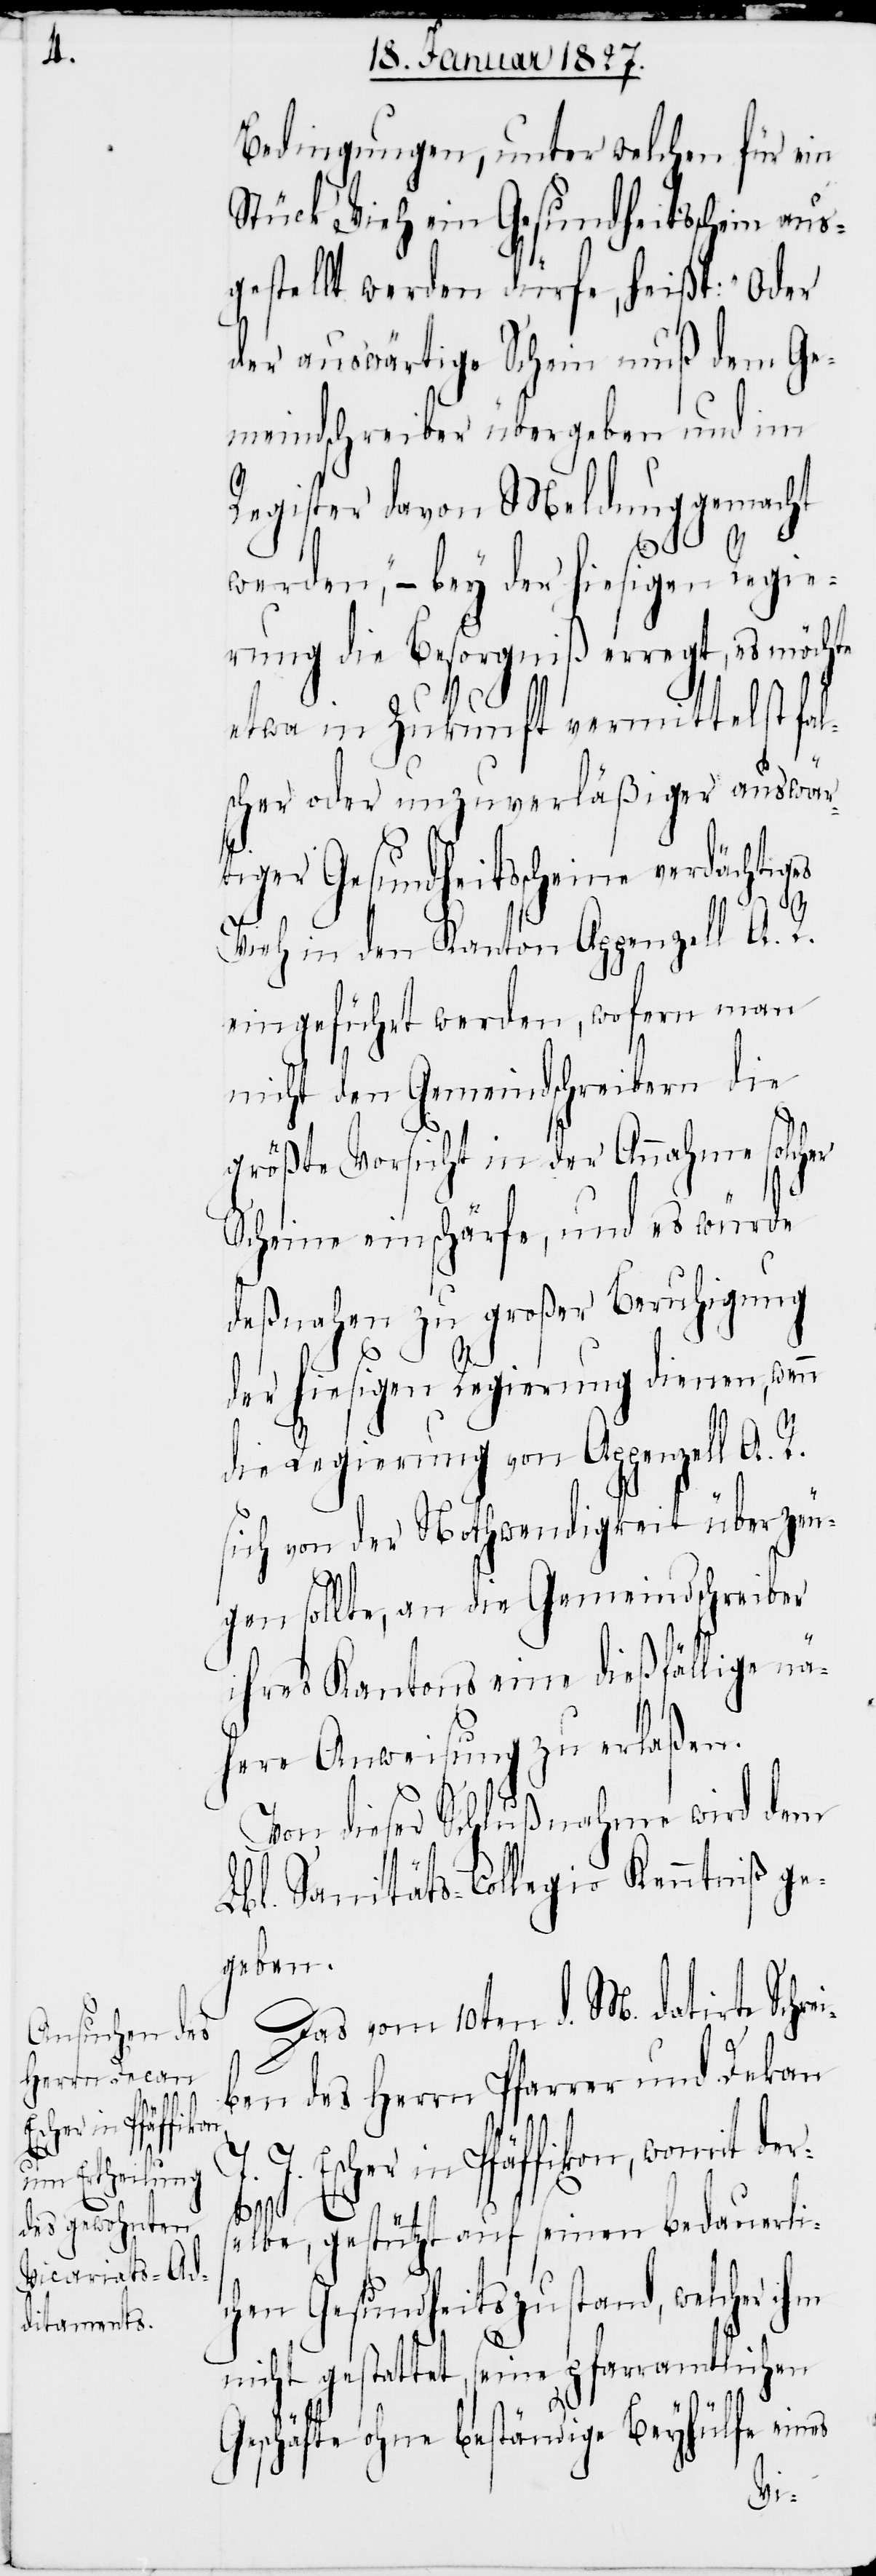
Bedingungen, unter welchen für ein
Stück Vieh ein Gesundheitsschein aus¬
gestellt werden dürfe, heißt: „Oder
der auswärtige Schein muß dem Ge¬
meindschreiber übergeben und im
Register davon Meldung gemacht
werden“, – bey der hiesigen Regie¬
rung die Besorgniß erregt, es möchte
etwa in Zukunft vermittelst fal¬
scher oder unzuverläßiger auswär¬
tiger Gesundheitsscheine verdächti¬
Vieh in den Kanton Appenzell A.R.
eingeführt werden, wofern man
nicht den Gemeindschreibern die
größte Vorsicht in der Annahme solcher
Scheine einschärfe, und es würde
deßnahen zu großer Beruhigung
der hiesigen Regierung dienen, wenn
die Regierung von Appenzell A.R.
sich von der Nothwendigkeit überzeu¬
gen sollte, an die Gemeindschreiber
ihres Kantons eine dießfällige nä¬
here Anweisung zu erlaßen.
Von dieser Schlußnahme wird dem
Lbl. Sanitäts-Collegio Kenntniß ge¬
geben.
Das vom 10ten d. M. datirte Schrei¬
ben des Herrn Pfarrer und Dekan
J. Escher in Pfäffikon, womit der¬
ges
selbe, gestützt auf seinen bedauerli¬
chen Gesundheitszustand, welcher ihm
nicht gestattet, seine pfarramtlichen
Geschäfte ohne beständige Beyhülfe eines